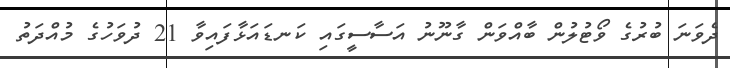
ދެވަނަ ބުރުގެ ވޯޓުލުން ބާއްވަން ގާނޫނު އަސާސީގައި ކަނޑައަޅާފައިވާ 21 ދުވަހުގެ މުއްދަތު